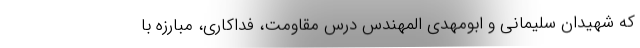
که شهیدان سلیمانی و ابومهدی المهندس درس مقاومت، فداکاری، مبارزه با